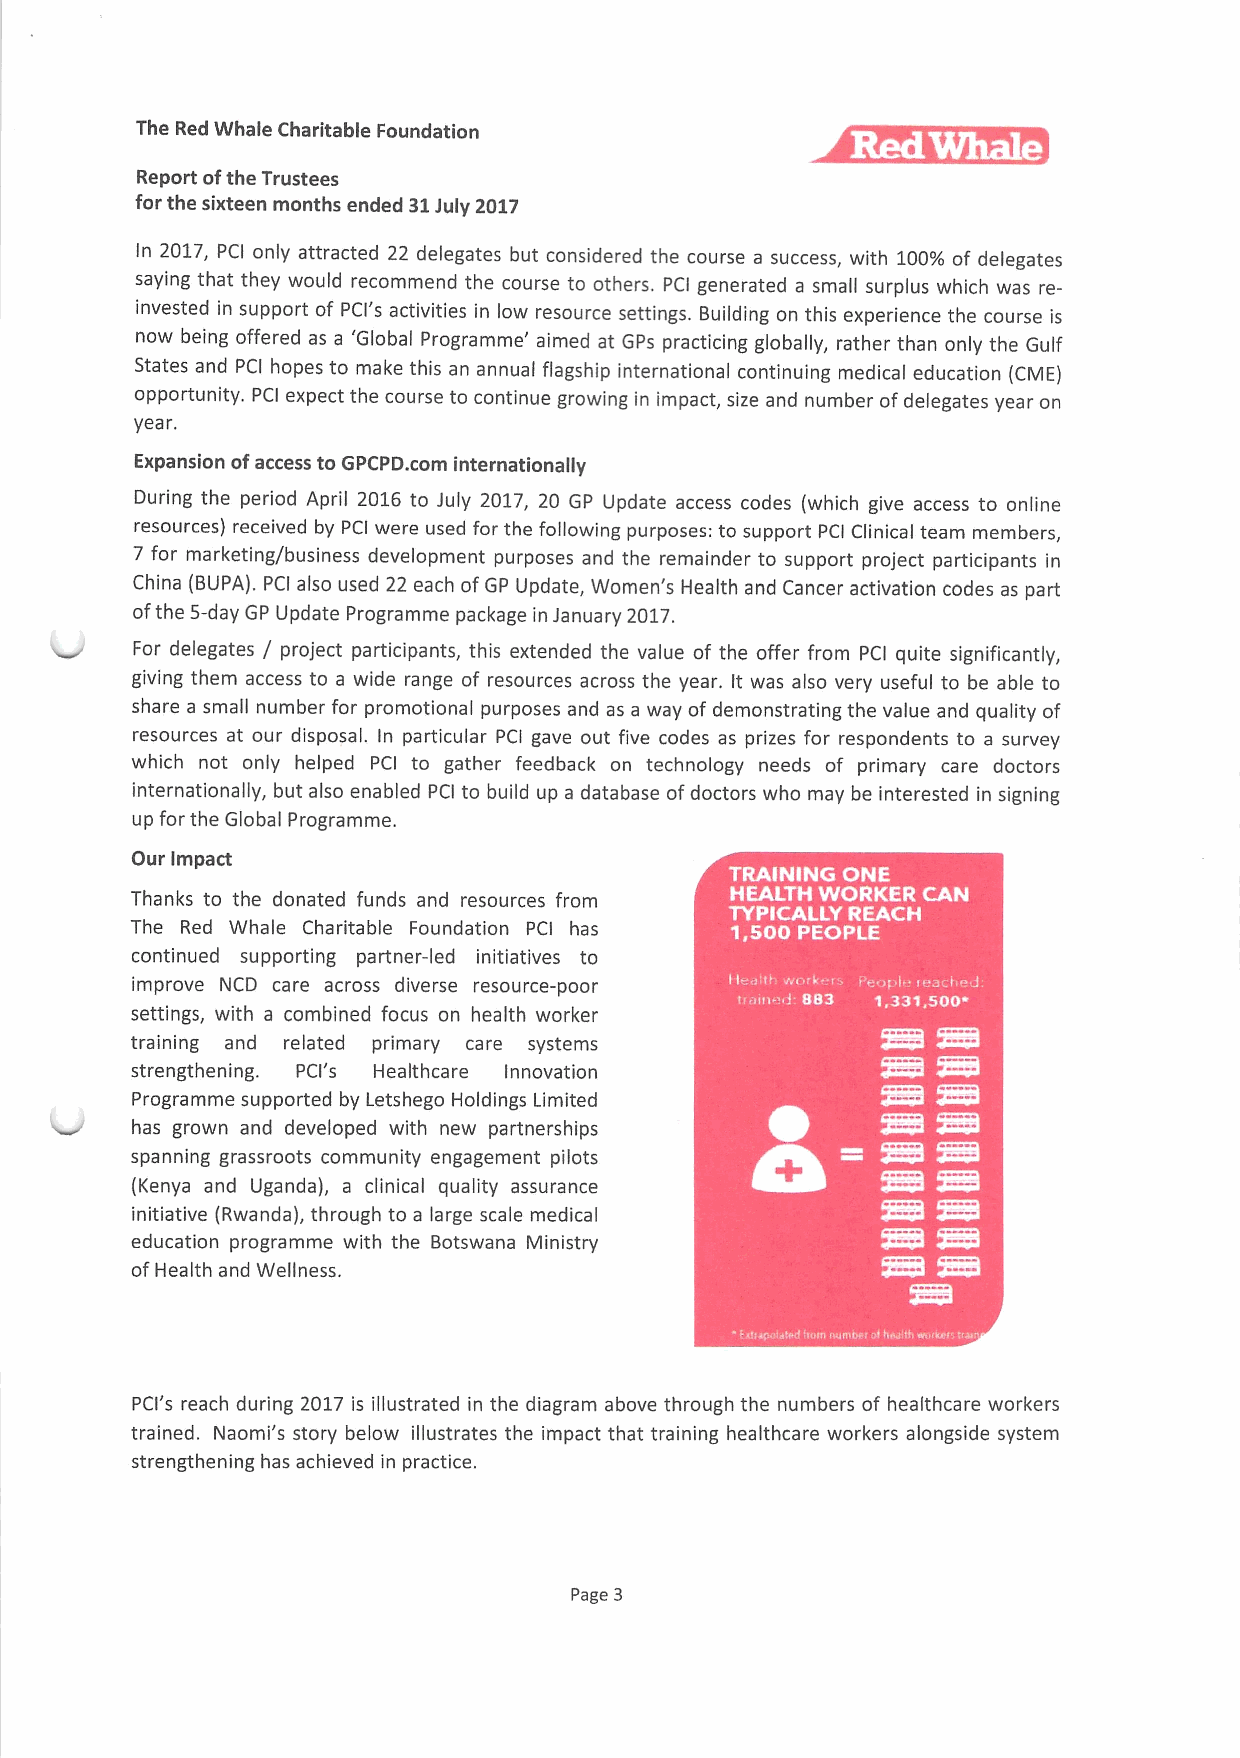
The Red Whale Charitable Foundation
 Report ofthe Trustees
 for the sixteen months ended 31July 2017
 In 2017, PCI only attracted 22 delegates but considered the course a success, with 100%of delegates
 saying that they would recommend the course to others. PCI generated a small surplus which was re-
 invested in support of PCI's activities in low resource settings. Building on this experience the course is
 now being offered as a 'Global Programme' aimed at GPs practicing globally, rather than only the Gulf
 States and PCI hopes to make this an annual flagship international continuing medical education (CME)
 opportunity. PCI expect the course to continue growing in impact, size and number ofdelegates year on
 year.
 Expansion ofaccess to GPCPD. corn internationally
 During the period April 2016 to July 2017, 20 GP Update access codes (which give access to online
 resources) received by PCI were used for the following purposes: to support PCI Clinical team members,
 7 for marketing/business development purposes and the remainder to support project participants in
 China (BUPA). PCI also used 22 each ofGP Update, Women's Health and Cancer activation codes as part
 ofthe 5-day GP Update Programme package in January 2017.
 For delegates / project participants, this extended the value of the offer from PCI quite significantly,
 giving them access to a wide range of resources across the year. It was also very useful to be able to
 share a small number for promotional purposes and as a way of demonstrating the value and quality of
 resources at our disposal. In particular PCI gave out five codes as prizes for respondents to a survey
 which not only helped PCI to gather feedback on technology needs of primary care doctors
 internationally, but also enabled PO to build up a database ofdoctors who may be interested in signing
 up for the Global Programme.
 Our Impact
 Thanks to the donated funds and resources from ~ 0 ~
 The Red Whale Charitable Foundation PCI has
 continued supporting partner-led initiatives to
 improve NCD care across diverse resource-poor
 settings, with a combined focus on health worker
 training and related primary care systems
 strengthening. PCI's Healthcare Innovation
 Programme supported by Letshego Holdings Limited
 has grown and developed with new partnerships
 spanning grassroots community engagement pilots
 (Kenya and Uganda), a clinical quality assurance
 initiative (Rwanda), through to a large scale medical
 education programme with the Botswana Ministry
 ofHealth and Wellness.
 PCI's reach during 2017 is illustrated in the diagram above through the numbers of healthcare workers
 trained. Naomi's story below illustrates the impact that training healthcare workers alongside system
 strengthening has achieved in practice.
 page 3